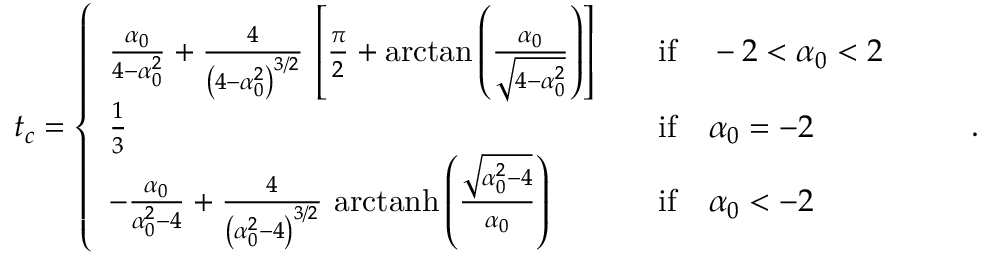
t _ { c } = \left\{ \begin{array} { l l l } { \frac { \alpha _ { 0 } } { 4 - \alpha _ { 0 } ^ { 2 } } + \frac { 4 } { \left( 4 - \alpha _ { 0 } ^ { 2 } \right) ^ { 3 / 2 } } \, \left[ \frac { \pi } { 2 } + \arctan \left( \frac { \alpha _ { 0 } } { \sqrt { 4 - \alpha _ { 0 } ^ { 2 } } } \right) \right] } & & { \mathrm { i f } \quad - 2 < \alpha _ { 0 } < 2 } \\ { \frac { 1 } { 3 } } & & { \mathrm { i f } \quad \alpha _ { 0 } = - 2 } \\ { - \frac { \alpha _ { 0 } } { \alpha _ { 0 } ^ { 2 } - 4 } + \frac { 4 } { \left( \alpha _ { 0 } ^ { 2 } - 4 \right) ^ { 3 / 2 } } \, \, \mathrm { a r c t a n h } \left( \frac { \sqrt { \alpha _ { 0 } ^ { 2 } - 4 } } { \alpha _ { 0 } } \right) } & & { \mathrm { i f } \quad \alpha _ { 0 } < - 2 } \end{array} \right. \qquad .